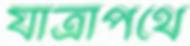
যাত্রাপথে